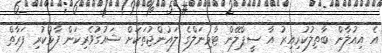
އެ އިއުލާން ބާތިލުކުރިއިރު އާ ސީޕްލޭން ޓާމިނަލްގެ ލައުންޖުތަކަށް ޝައުގުވެރިކަން ފާޅުކުރި ފަރާތް